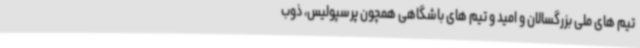
تیم های ملی بزرگسالان و امید و تیم های باشگاهی همچون پرسپولیس، ذوب